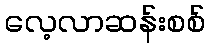
လေ့လာဆန်းစစ်